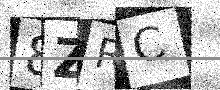
Text: 8ZRC